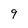
Character: 9